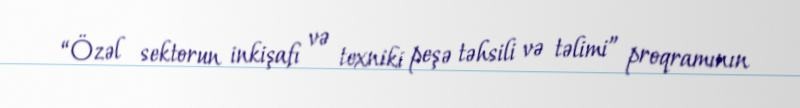
“Özəl sektorun inkişafı və texniki peşə təhsili və təlimi” proqramının